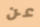
عن